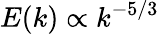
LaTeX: E(k)\propto k^{-5/3}